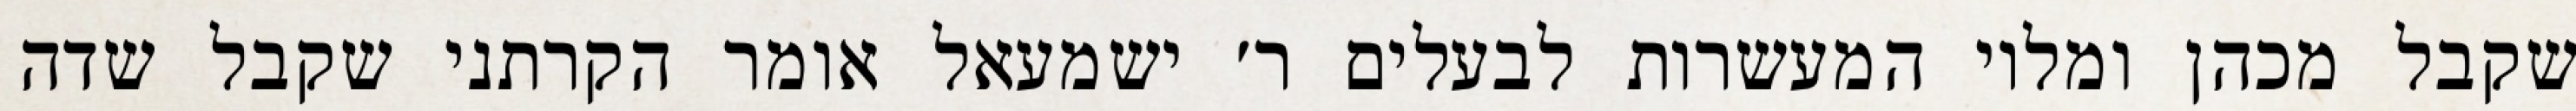
שקבל מכהן ומלוי המעשרות לבעלים ר׳ ישמעאל אומר הקרתני שקבל שדה